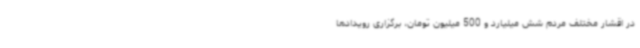
در اقشار مختلف مردم شش میلیارد و 500 میلیون تومان، برگزاری رویدادها